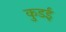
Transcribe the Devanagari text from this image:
कुडई